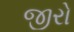
જીરો